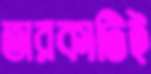
তারকাটিই